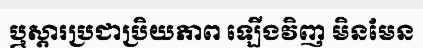
ឬស្តារប្រជាប្រិយភាព ឡើងវិញ មិនមែន